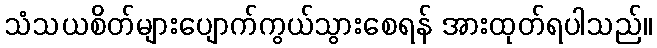
သံသယစိတ်များပျောက်ကွယ်သွားစေရန် အားထုတ်ရပါသည်။